Annual report of the Madras Medical College
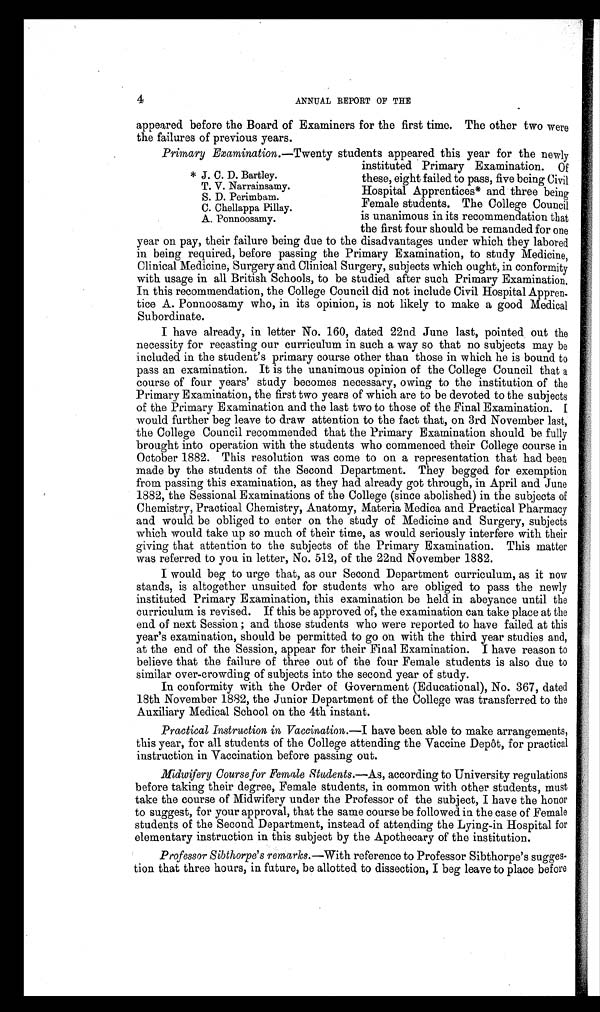
4
ANNUAL REPORT OF THE
appeared before the Board of Examiners for the first time. The other two were
the failures of previous years.
Primary Examination..—Twenty students appeared this year for the newly
instituted Primary Examination. Of
these, eight failed to pass, five being Civil
Hospital Apprentices* and three being
Female students. The College Council
is unanimous in its recommendation that
the first four should be remanded for one
year on pay, their failure being due to the disadvantages under which they labored
in being required, before passing the Primary Examination, to study Medicine,
Clinical Medicine, Surgery and Clinical Surgery, subjects which ought, in conformity
with usage in all British Schools, to be studied after such Primary Examination.
In this recommendation, the College Council did not include Civil Hospital Appren-
tice A. Ponnoosamy who, in its opinion, is not likely to make a good Medical
Subordinate.
I have already, in letter No. 160, dated 22nd June last, pointed out the
necessity for recasting our curriculum in such a way so that no subjects may be
included in the student's primary course other than those in which he is bound to
pass an examination. It is the unanimous opinion of the College Council that a
course of four years' study becomes necessary, owing to the institution of the
Primary Examination, the first two years of which are to be devoted to the subjects
of the Primary Examination and the last two to those of the Final Examination. I
would further beg leave to draw attention to the fact that, on 3rd November last,
the College Council recommended that the Primary Examination should be fully
brought into operation with the students who commenced their College course in
October 1882. This resolution was come to on a representation that had been
made by the students of the Second Department. They begged for exemption
from passing this examination, as they had already got through, in April and June
1882, the Sessional Examinations of the College (since abolished) in the subjects of
Chemistry, Practical Chemistry, Anatomy, Materia Medica and Practical Pharmacy
and would be obliged to enter on the study of Medicine and Surgery, subjects
which would take up so much of their time, as would seriously interfere with their
giving that attention to the subjects of the Primary Examination. This matter
was referred to you in letter, No. 512, of the 22nd November 1882.
I would beg to urge that, as our Second Department curriculum, as it now
stands, is altogether unsuited for students who are obliged to pass the newly
instituted Primary Examination, this examination be held in abeyance until the
curriculum is revised. If this be approved of, the examination can take place at the
end of next Session ; and those students who were reported to have failed at this
year's examination, should be permitted to go on with the third year studies and,
at the end of the Session, appear for their Final Examination. I have reason to
believe that the failure of three out of the four Female students is also due to
similar over-crowding of subjects into the second year of study.
In conformity with the Order of Government (Educational), No. 367, dated
18th November 1882, the Junior Department of the College was transferred to the
Auxiliary Medical School on the 4th instant.
Practical Instruction in Vaccination.—I have been able to make arrangements,
this year, for all students of the College attending the Vaccine Depot, for practical
instruction in Vaccination before passing out.
Midwifery Course for Female Students.—As, according to University regulations
before taking their degree, Female students, in common with other students, must
take the course of Midwifery under the Professor of the subject, I have the honor
to suggest, for your approval, that the same course be followed in the case of Female
students of the Second Department, instead of attending the Lying-in Hospital for
elementary instruction in this subject by the Apothecary of the institution.
Professor Sibthorpe's remarks .—With reference to Professor Sibthorpe's sugges--
tion that three hours, in future, be allotted to dissection, I beg leave to place before
*
.
*
J.C. D. Bartley.
TT. V. Narrainsamy.
SS. D. Perimbam.
CC. Chellappa Pillay.
AA. Ponnoosamy.